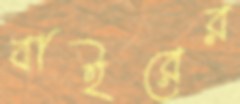
বাইরের